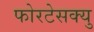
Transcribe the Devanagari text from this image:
फोरटेसक्यु